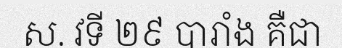
ស. វទី ២៩ បារាំង គឺជា